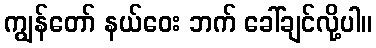
ကျွန်တော် နယ်ဝေး ဘက် ခေါ်ချင်လို့ပါ။